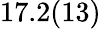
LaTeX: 17.2(13)